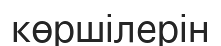
көршілерін